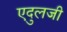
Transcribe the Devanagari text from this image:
एदुलजी